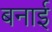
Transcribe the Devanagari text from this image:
बनार्इ